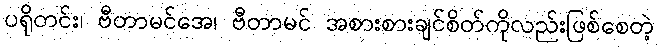
ပရိုတင်း၊ ဗီတာမင်အေ၊ ဗီတာမင် အစားစားချင်စိတ်ကိုလည်းဖြစ်စေတဲ့